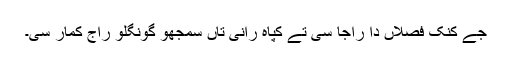
جے کنک فصلاں دا راجا سی تے کپاہ رانی تاں سمجھو گونگلو راج کُمار سی۔